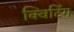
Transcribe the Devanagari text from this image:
क्विटिंग